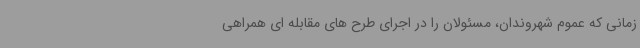
زمانی که عموم شهروندان، مسئولان را در اجرای طرح های مقابله ای همراهی